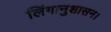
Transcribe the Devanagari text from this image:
लिंगानुशासन।